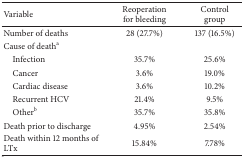
<table><thead><tr><td><b>Variable</b></td><td><b>Reoperation for bleeding</b></td><td><b>Control group</b></td></tr></thead><tbody><tr><td>Number of deaths</td><td>28 (27.7%)</td><td>137 (16.5%)</td></tr><tr><td>Cause of death<sup>a</sup></td><td> </td><td> </td></tr><tr><td> Infection</td><td>35.7%</td><td>25.6%</td></tr><tr><td> Cancer</td><td>3.6%</td><td>19.0%</td></tr><tr><td> Cardiac disease</td><td>3.6%</td><td>10.2%</td></tr><tr><td> Recurrent HCV</td><td>21.4%</td><td>9.5%</td></tr><tr><td> Other<sup>b</sup></td><td>35.7%</td><td>35.8%</td></tr><tr><td>Death prior to discharge</td><td>4.95%</td><td>2.54%</td></tr><tr><td>Death within 12 months of LTx</td><td>15.84%</td><td>7.78%</td></tr></tbody></table>